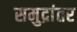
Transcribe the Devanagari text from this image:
समुद्रांतर